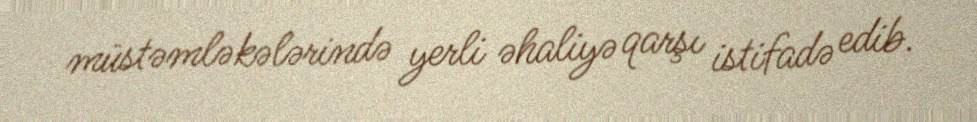
müstəmləkələrində yerli əhaliyə qarşı istifadə edib.